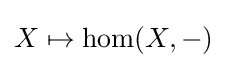
X\mapsto \mathrm {hom} (X,-)